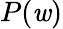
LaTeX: P(\mathit{w})